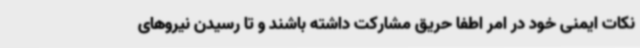
نکات ایمنی خود در امر اطفا حریق مشارکت داشته باشند و تا رسیدن نیروهای